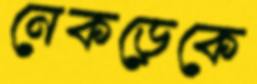
নেকড়েকে